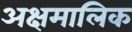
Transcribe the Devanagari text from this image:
अक्षमालिक